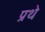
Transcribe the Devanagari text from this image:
प्रथे